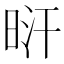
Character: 𣆙